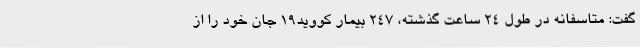
گفت: متاسفانه در طول 24 ساعت گذشته، 247 بیمار کووید19 جان خود را از